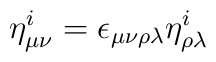
\eta^i_{\mu\nu} = \epsilon_{\mu\nu\rho\lambda} \eta^i_{\rho\lambda}